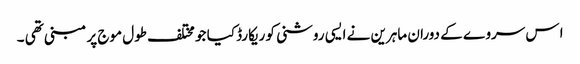
ا س سروے کے دوران ماہرین نے ایسی روشنی کو ریکارڈ کیا جو مختلف طول موج پر مبنی تھی ۔